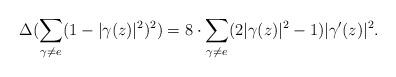
LaTeX: \begin{align*}\Delta(\sum_{\gamma \neq e} (1-|\gamma(z)|^2)^2)=8\cdot \sum_{\gamma \neq e} (2|\gamma(z)|^2-1)|\gamma'(z)|^2.\end{align*}